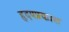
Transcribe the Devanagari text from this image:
हृदयप्रकाश